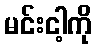
မင်းငါ့ကို